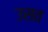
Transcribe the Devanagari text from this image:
उसत